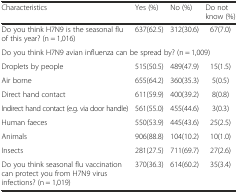
| Characteristics | Yes (%) | No (%) | Do not know (%) |
 | --- | --- | --- | --- |
 | Do you think H7N9 is the seasonal flu of this year? (n = 1,016) | 637(62.5) | 312(30.6) | 67(7.0) |
 | <COLSPAN=4> Do you think H7N9 avian influenza can be spread by? (n = 1,009) |
 | Droplets by people | 515(50.5) | 489(47.9) | 15(1.5) |
 | Air borne | 655(64.2) | 360(35.3) | 5(0.5) |
 | Direct hand contact | 611(59.9) | 400(39.2) | 8(0.8) |
 | Indirect hand contact (e.g. via door handle) | 561(55.0) | 455(44.6) | 3(0.3) |
 | Human faeces | 550(53.9) | 445(43.6) | 25(2.5) |
 | Animals | 906(88.8) | 104(10.2) | 10(1.0) |
 | Insects | 281(27.5) | 711(69.7) | 27(2.6) |
 | Do you think seasonal flu vaccination can protect you from H7N9 virus infections? (n = 1,019) | 370(36.3) | 614(60.2) | 35(3.4) |